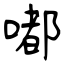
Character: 嘟